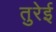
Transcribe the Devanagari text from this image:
तुरेई